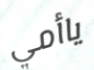
ياأمي